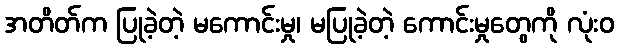
အတိတ်က ပြုခဲ့တဲ့ မကောင်းမှု၊ မပြုခဲ့တဲ့ ကောင်းမှုတွေကို လုံးဝ